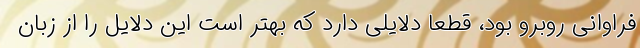
فراوانی روبرو بود، قطعا دلایلی دارد که بهتر است این دلایل را از زبان